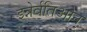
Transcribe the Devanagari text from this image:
इन्नेर्वतिओन